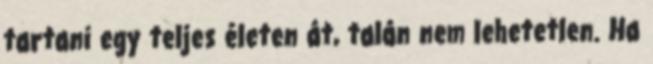
tartani egy teljes életen át, talán nem lehetetlen. Ha